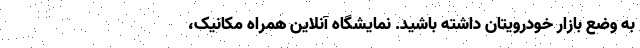
به وضع بازار خودرویتان داشته باشید. نمایشگاه آنلاین همراه مکانیک،